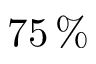
7 5 \, \%